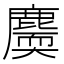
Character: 𪋐